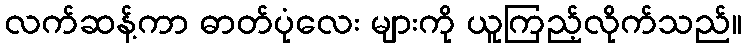
လက်ဆန့်ကာ ဓာတ်ပုံလေး များကို ယူကြည့်လိုက်သည်။